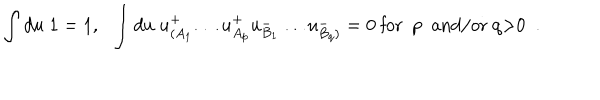
\int d u \; 1 = 1 , \ \ \int d u \; u _ { ( A _ { 1 } } ^ { + } \ldots u _ { A _ { p } } ^ { + } u _ { B _ { 1 } } ^ { - } \ldots u _ { B _ { q } ) } ^ { - } = 0 \ \mathrm { f o r ~ p ~ a n d / o r ~ q > 0 ~ } \; .